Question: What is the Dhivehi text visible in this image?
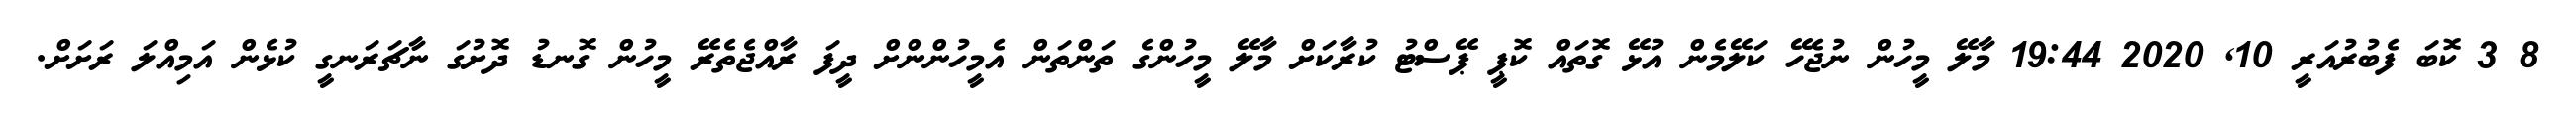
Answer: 8 3 ކޮބަ ފެބުރުއަރީ 10, 2020 19:44 މާލޭ މީހުން ނުޖެހޭ ކަލޭމެން އުޅޭ ގޮތައް ކޮޕީ ޕޭސްޓު ކުރާކަށް މާލޭ މީހުންގެ ތަންތަން އެމީހުންންށް ދީފަ ރާއްޖެތެރޭ މީހުން ގޮނޑު ދޮށުގަ ނާޗަރަނގީ ކުޅެން އަމިއްލަ ރަށަށް.